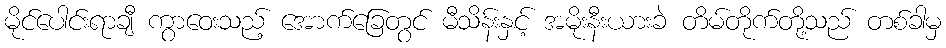
မိုင်ပေါင်းရာချီ ကွာဝေးသည့် အောက်ခြေတွင် မီသိန်းနှင့် အမိုးနီးယားခဲ တိမ်တိုက်တို့သည် တစ်ခါမှ